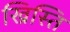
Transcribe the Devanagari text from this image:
ख्रिस्ति